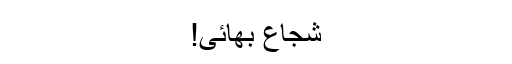
شجاع بھائی!